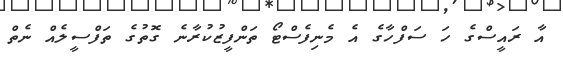
އާ ރައީސްގެ ހަ ސަފްހާގެ އެ މެނިފެސްޓޯ ތަންފީޒުކުރާނެ ގޮތުގެ ތަފްސީލެއް ނެތް